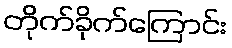
တိုက်ခိုက်ကြောင်း